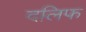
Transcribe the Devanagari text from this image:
दलिफ